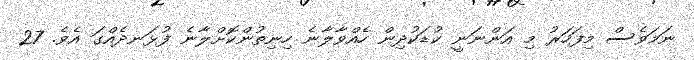
ނަމަވެސް މިފަހަރު މި އަންނަނީ ކުޑަކުދިން ހެއްވާލާނެ ހިނިތުންކޮށްލާނެ ފުޅަނދެއްގަ އެވެ. 27